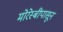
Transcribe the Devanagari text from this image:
मोरेस्बीपासून